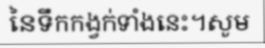
នៃទឹកកង្វក់ទាំងនេះ។សូម